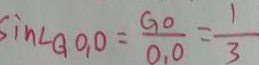
\sin \angle G O _ { 1 } O = \frac { G O } { O _ { 1 } O } = \frac { 1 } { 3 }